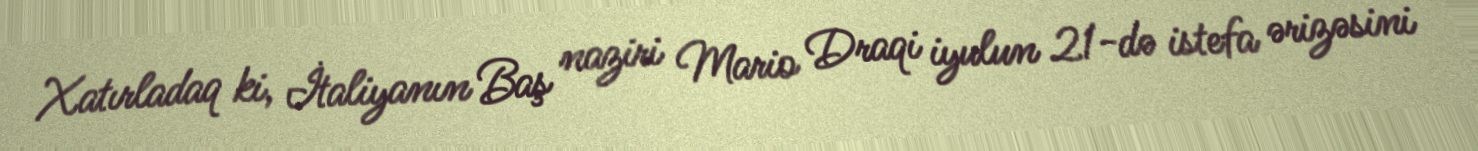
Xatırladaq ki, İtaliyanın Baş naziri Mario Draqi iyulun 21-də istefa ərizəsini